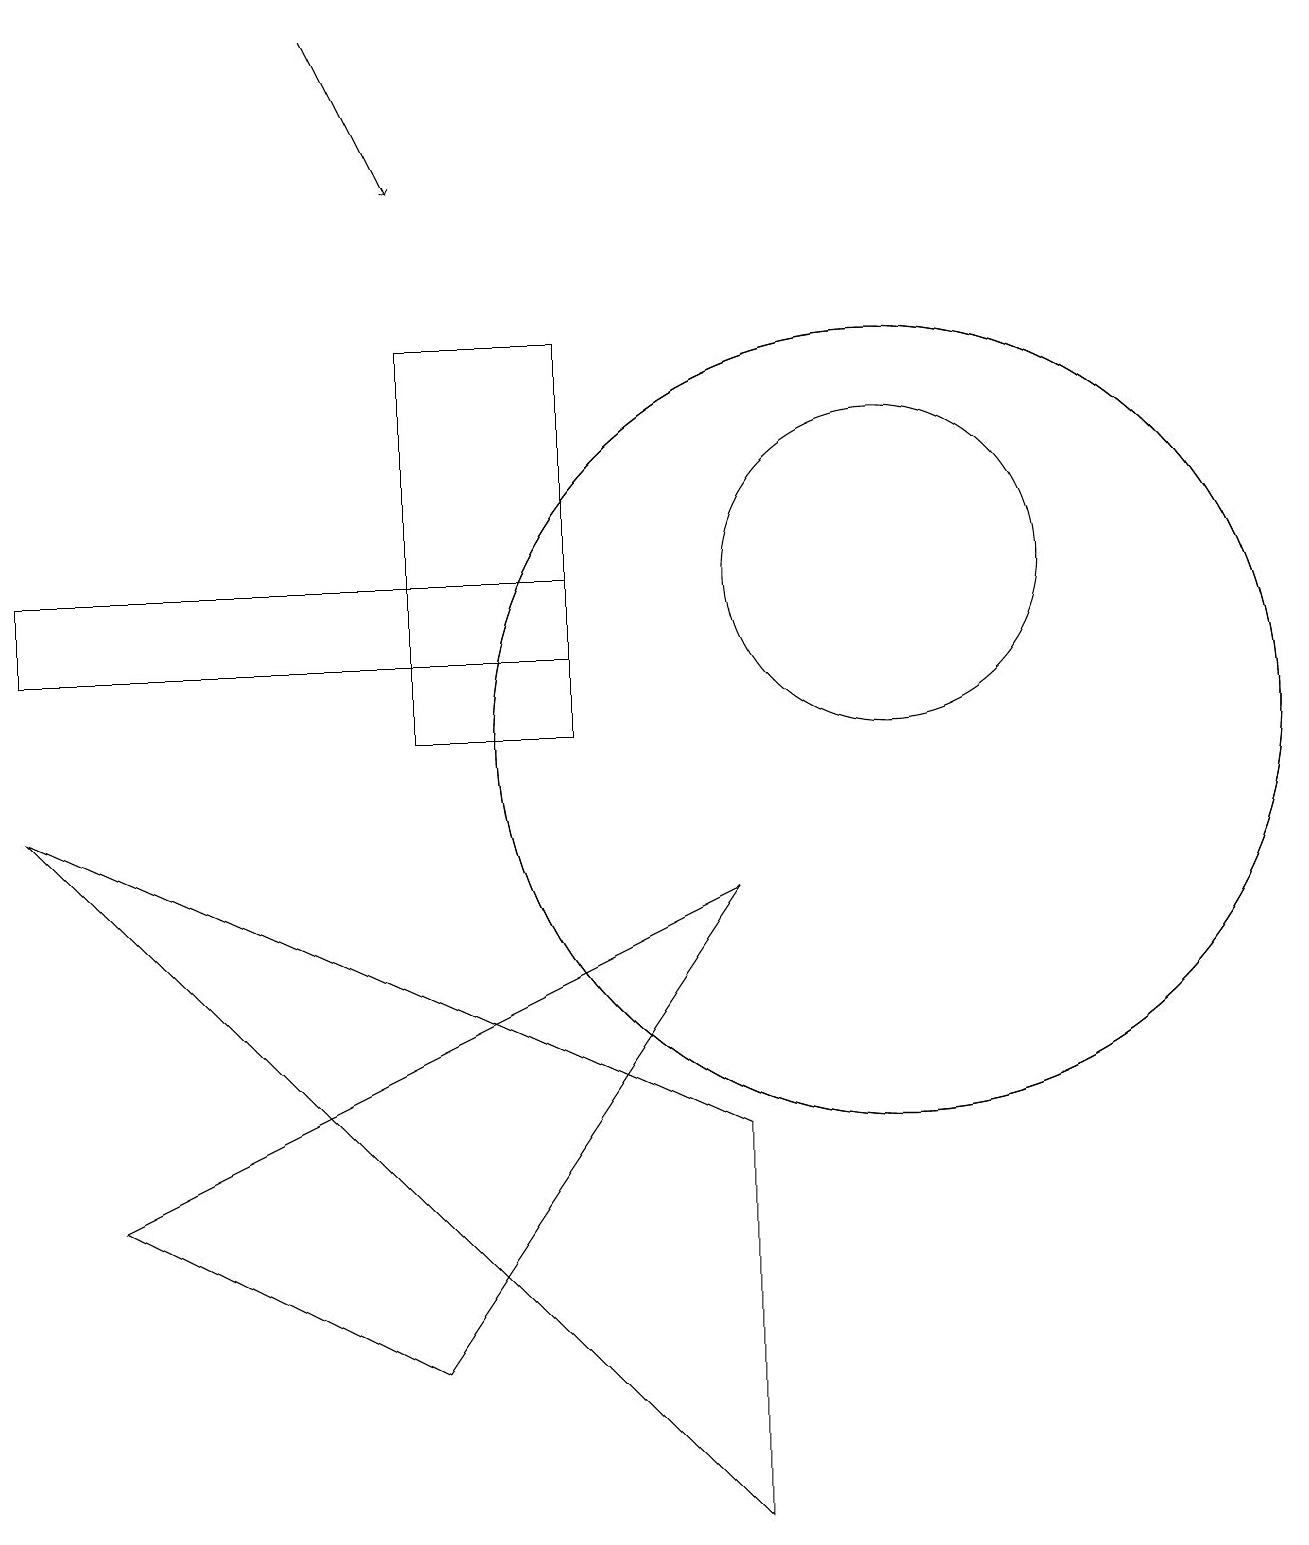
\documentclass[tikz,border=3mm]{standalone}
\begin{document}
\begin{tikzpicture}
\draw[->] (4,19) -- (5,17);
\draw (11,10) circle (5);
\draw (7,11) rectangle (0,12);
\draw (5,10) rectangle (7,15);
\draw (11,10) circle (5);
\draw (9,5) -- (9,0) -- (0,9) -- cycle;
\draw (11,12) circle (2);
\draw (9,8) -- (5,2) -- (1,4) -- cycle;
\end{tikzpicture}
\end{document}